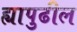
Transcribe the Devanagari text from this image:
ह्यापुढील